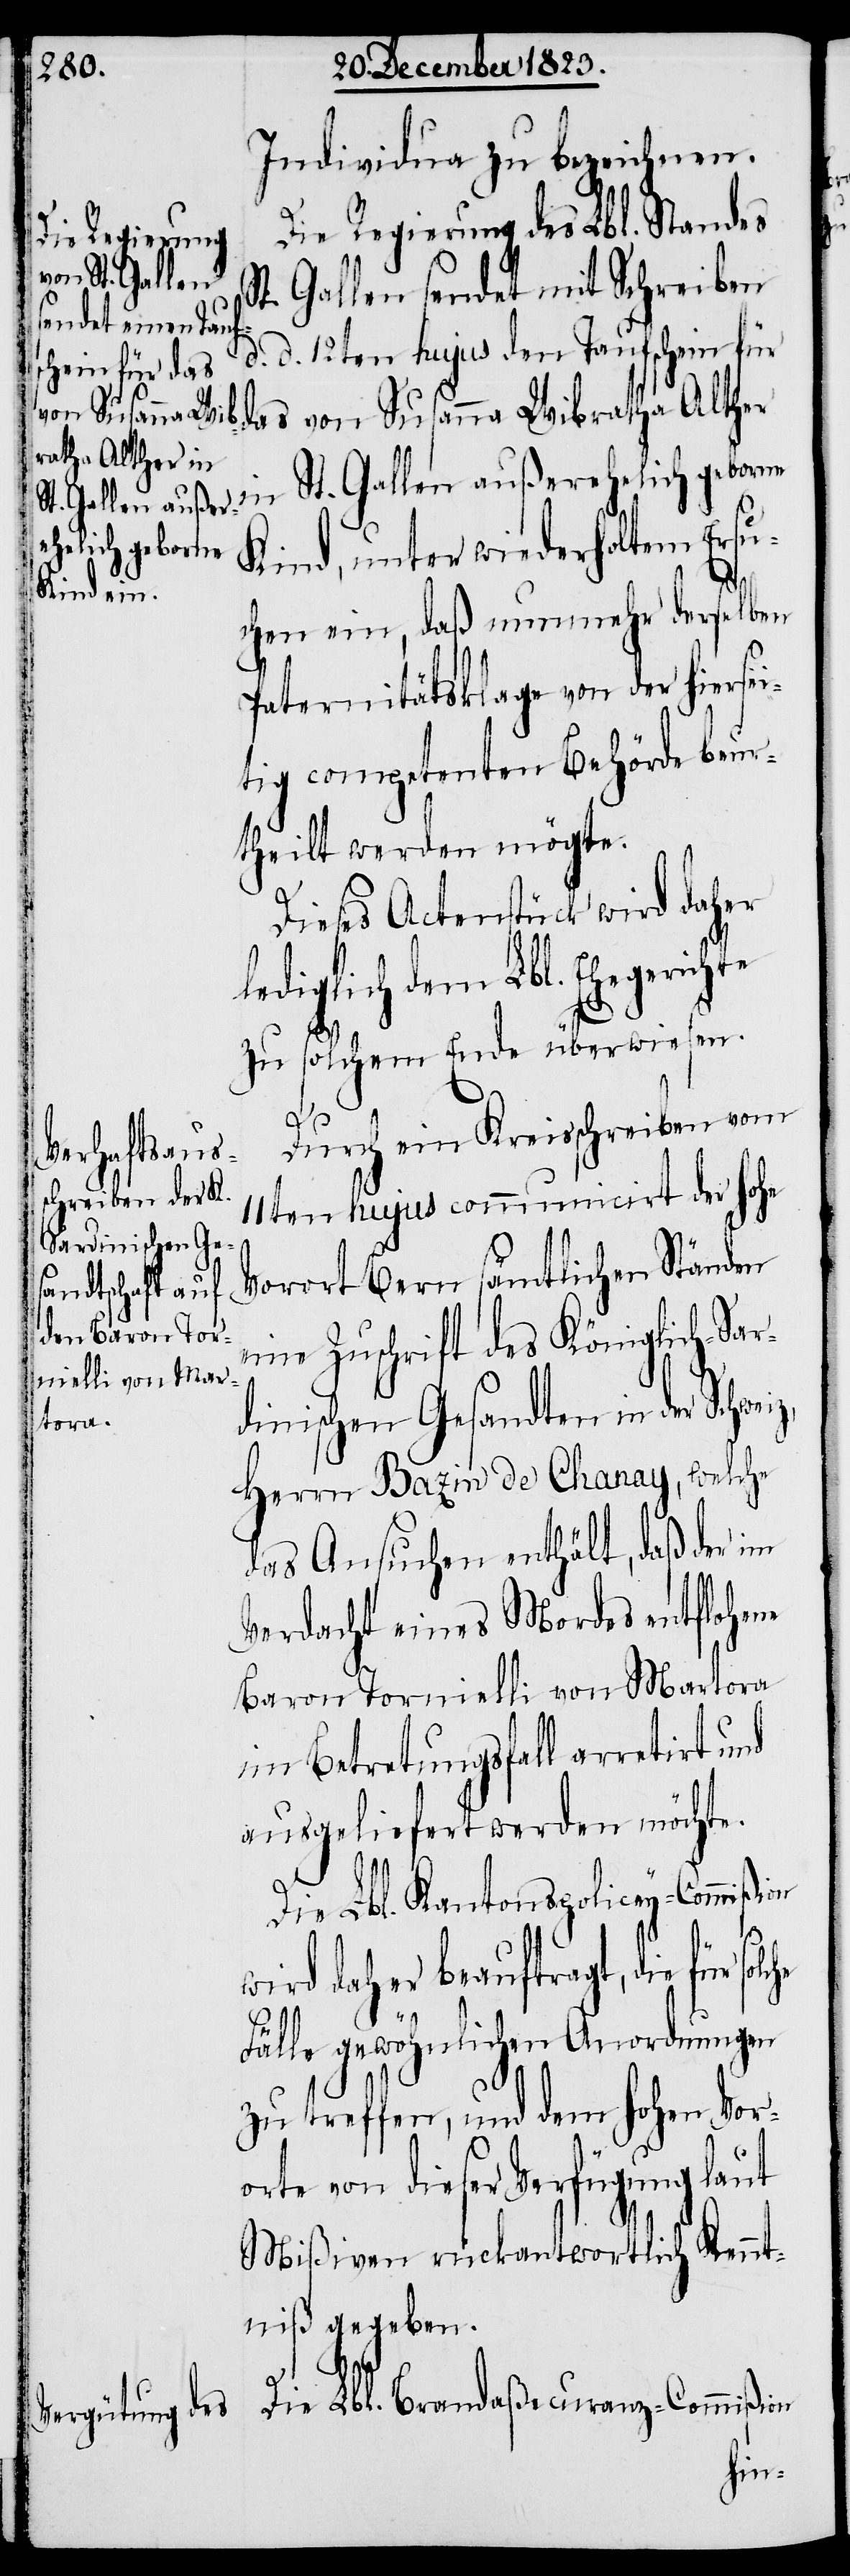
Individua zu bezeichnen.
Die Regierung des Lbl. Standes
t. Gallen sendet mit Schreiben
d. d. 12ten hujus den Taufschein für
das von Susanna Wibratha Alther
in St. Gallen außerehelich geborne
Kind, unter wiederholtem Ers¬
uchen ein, daß nunmehr derselben
Paternitätsklage von der hiersei¬
tig competenten Behröde beur¬
theilt werden mögte.
Dieses Actenstück wird daher
lediglich dem Lbl. Ehegerich¬
zu solchem Ende überwiesen.
Durch ein Kreisschreiben vom
11ten hujus communicirt der hohe
Vorort Bern sämtlichen Ständen
eine Zuschrift des Königlich-Sar¬
dinischen Gesandten in der Schwei¬
Herrn Bazin de Chanay, welche
das Ansuchen enthält, daß der im
Verdacht eines Mordes entflohene
Baron Tornielli von Martora
im Betretungsfall arretirt und
ausgeliefert werden möchte.
Die Lbl. Kantonspolicey-Commißi¬
on
wird daher beauftragt, die für sol¬
z,
Fäl¬
lle gewöhnlichen Anordnungen
zu treffen, und dem hohen Vor¬
orte von dieser Verfügung laut
Mißiven rückantwortlich Kennt¬
niß gegeben.
Die Lbl. Brandaßecuranz-Commißion